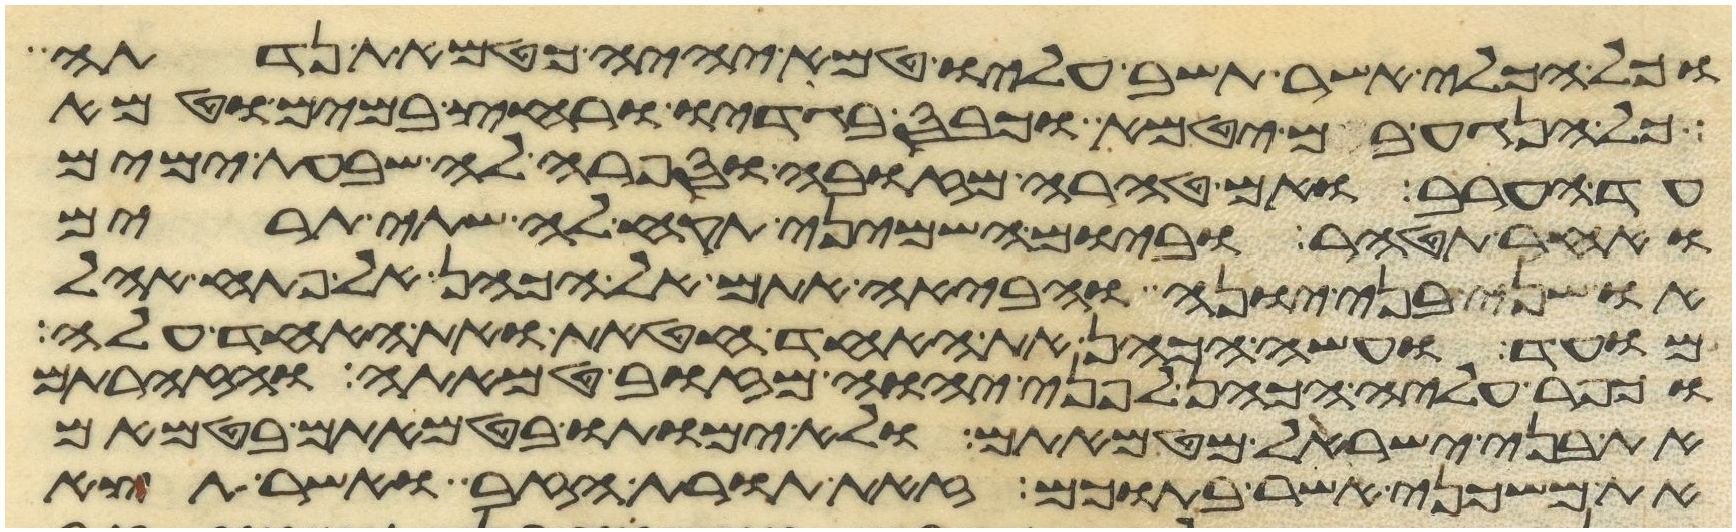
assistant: וכל הכלי אשר תשב עליו טמא יהיה כטמאת נדתה
כל הנגע בם יטמא וכבס בגדיו ורחץ במים וטמא
עד הערב ואם טהרה מזובה וספרה לה שבעת ימים
ואחר תטהר וביום השמיני תקח לה שתי תרים
או שני בני יונה והביאה אתם אל הכהן אל פתח אהל
מועד ועשה הכהן את האחד חטאת ואת האחד עלה
וכפר עליה הכהן לפני יהוה מזוב טמאתה והזהרתם
את בני ישראל מטמאתם ולא ימותו בטמאתם בטמאם
את משכני אשר בתוכם זאת תורת הזב ואשר תצא